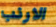
الارنب